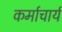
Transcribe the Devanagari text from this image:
कर्माचार्य